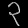
Digit: ၃